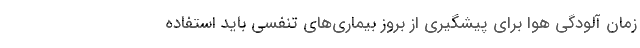
زمان آلودگی هوا برای پیشگیری از بروز بیماری‌های تنفسی باید استفاده